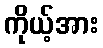
ကိုယ့်အား